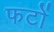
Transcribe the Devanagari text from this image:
फटों